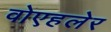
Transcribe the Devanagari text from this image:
वोएहलेर